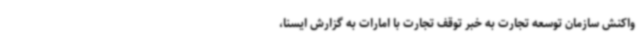
واکنش سازمان توسعه تجارت به خبر توقف تجارت با امارات به گزارش ایسنا،